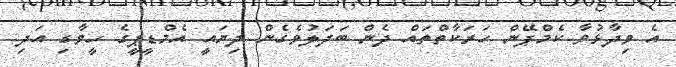
އެ ވިދާޅުވާ ކެމްޕޭން ހަރަކާތްތައް ދެން ބަދަލުވެގެން ދިޔައީ އެމްޑީޕީގެ ހީވާގި އަދި